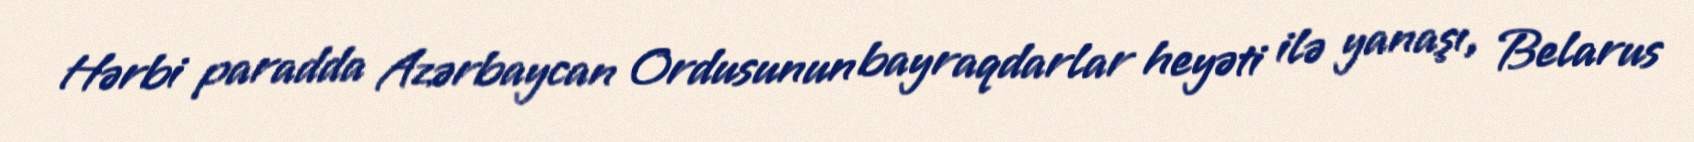
Hərbi paradda Azərbaycan Ordusunun bayraqdarlar heyəti ilə yanaşı, Belarus